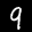
Label: 9